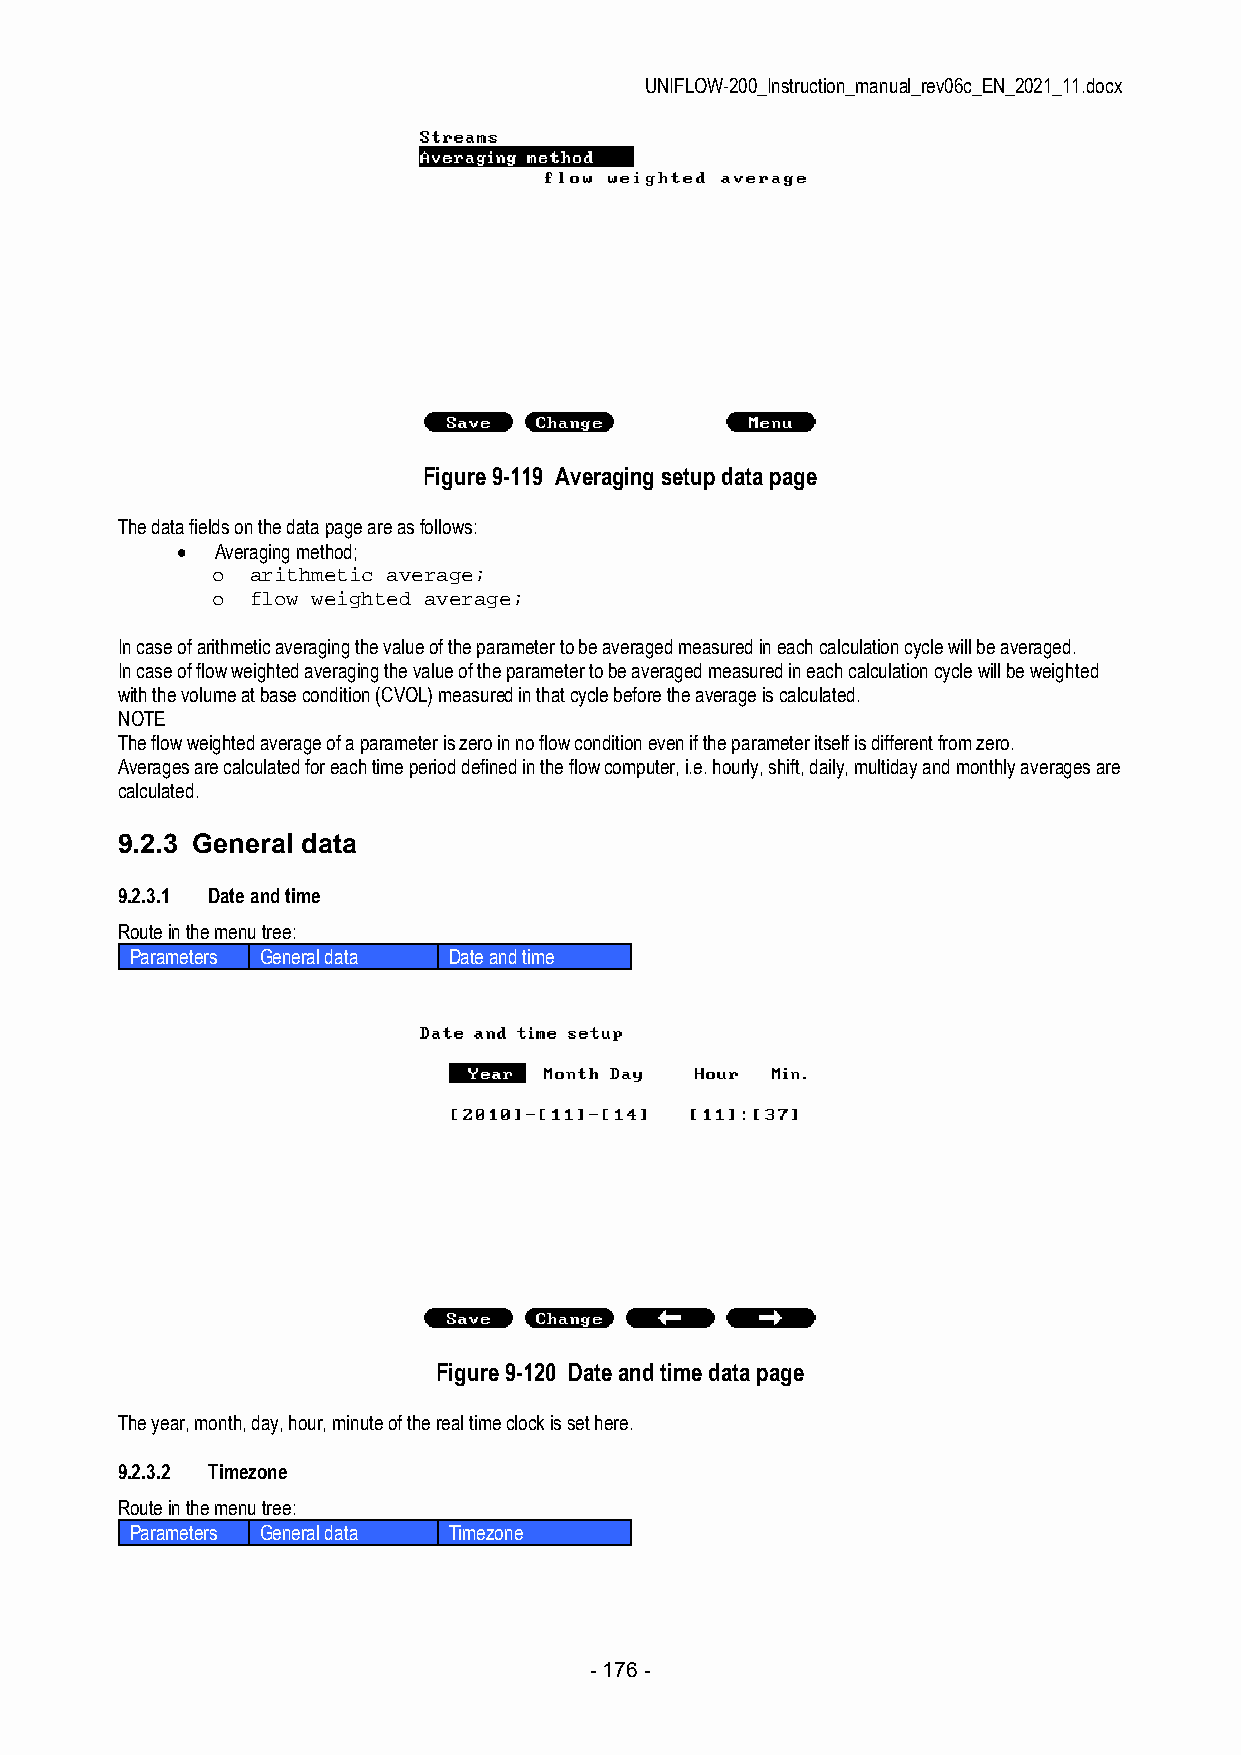
UNIFLOW-200_Instruction_manual_rev06c_EN_2021_11.docx
 Figure 9-119 Averaging setup data page
 The data fields on the data page are as follows:
  Averaging method;
 o  arithmetic average;
 o  flow weighted average;
 In case of arithmetic averaging the value of the parameter to be averaged measured in each calculation cycle will be averaged.
 In case of flow weighted averaging the value of the parameter to be averaged measured in each calculation cycle will be weighted
 with the volume at base condition (CVOL) measured in that cycle before the average is calculated.
 NOTE
 The flow weighted average of a parameter is zero in no flow condition even if the parameter itself is different from zero.
 Averages are calculated for each time period defined in the flow computer, i.e. hourly, shift, daily, multiday and monthly averages are
 calculated.
 9.2.3 General data
 9.2.3.1 Date and time
 Route in the menu tree:
 Parameters General data Date and time
 Figure 9-120 Date and time data page
 The year, month, day, hour, minute of the real time clock is set here.
 9.2.3.2 Timezone
 Route in the menu tree:
 Parameters General data Timezone
 - 176 -